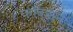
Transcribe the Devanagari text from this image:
फॉक्सने